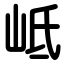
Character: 岻